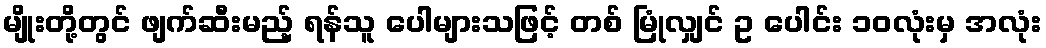
မျိုးတို့တွင် ဖျက်ဆီးမည့် ရန်သူ ပေါများသဖြင့် တစ် မြုံလျှင် ဥ ပေါင်း ၁၀လုံးမှ အလုံး